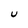
Character: U